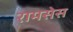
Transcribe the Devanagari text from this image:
रामसेस